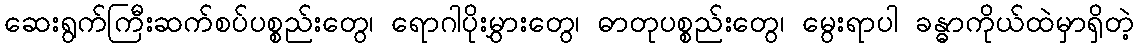
ဆေးရွက်ကြီးဆက်စပ်ပစ္စည်းတွေ၊ ရောဂါပိုးမွှားတွေ၊ ဓာတုပစ္စည်းတွေ၊ မွေးရာပါ ခန္ဓာကိုယ်ထဲမှာရှိတဲ့